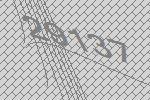
29137